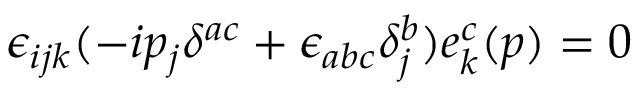
\epsilon _ { i j k } ( - i p _ { j } \delta ^ { a c } + \epsilon _ { a b c } \delta _ { j } ^ { b } ) e _ { k } ^ { c } ( p ) = 0